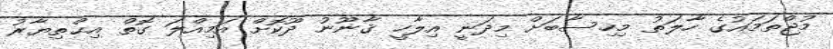
މުޖްތަމައުގެ ހާލަތު މިހިސާބަށް މިދަނީ އިލާހީ ޤާނޫނު ދޫކޮށް އަމިއްލަ ގޮތް އިޙްތިޔާރު